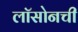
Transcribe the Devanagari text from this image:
लॉसोनची